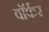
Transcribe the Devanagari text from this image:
वाॅर्कर